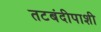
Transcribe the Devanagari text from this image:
तटबंदीपाशी